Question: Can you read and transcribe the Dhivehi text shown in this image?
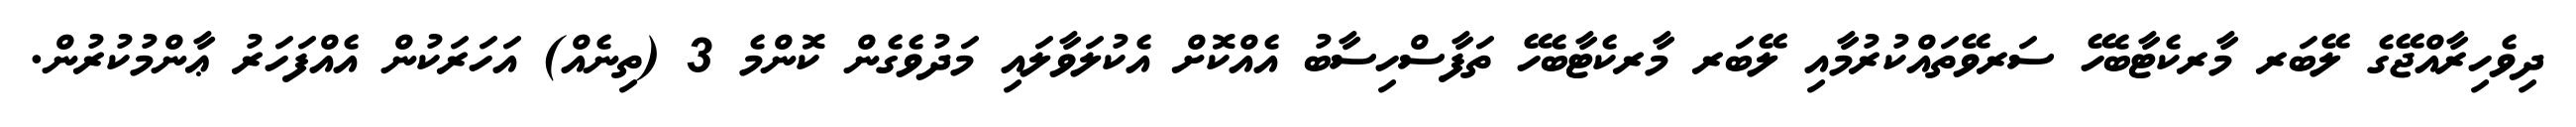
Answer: ދިވެހިރާއްޖޭގެ ލޭބަރ މާރކެޓާބެހޭ ސަރވޭތައްކުރުމާއި ލޭބަރ މާރކެޓާބެހޭ ތަފާސްހިސާބު އެއްކޮށް އެކުލަވާލައި މަދުވެގެން ކޮންމެ 3 (ތިނެއް) އަހަރަކުން އެއްފަހަރު ޢާންމުކުރުން.